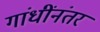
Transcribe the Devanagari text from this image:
गांधींनंतर